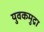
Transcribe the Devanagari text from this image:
युवकमुद्रा